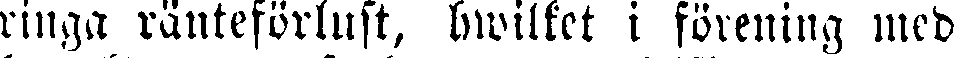
ringa ränteförlust, hwilket i förening med